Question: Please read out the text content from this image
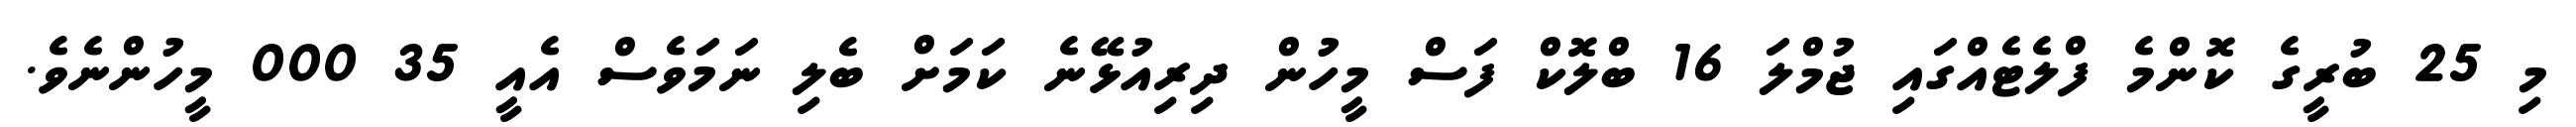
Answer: މި 25 ބުރީގެ ކޮންމެ ފްލެޓެއްގައި ޖުމްލަ 16 ބްލޮކް ފަސް މީހުން ދިރިއުޅޭނެ ކަމަށް ބެލި ނަމަވެސް އެއީ 35 000 މީހުންނެވެ.